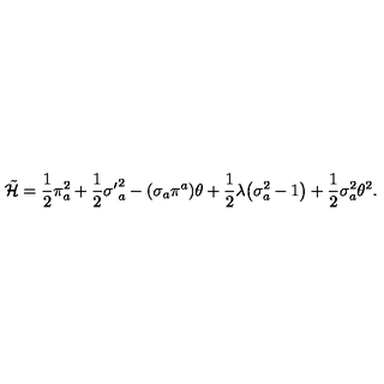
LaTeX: \tilde { \cal H } = \frac { 1 } { 2 } \pi _ { a } ^ { 2 } + \frac { 1 } { 2 } { \sigma ^ { \prime } } _ { a } ^ { 2 } - ( \sigma _ { a } \pi ^ { a } ) \theta + \frac { 1 } { 2 } \lambda \bigl ( \sigma _ { a } ^ { 2 } - 1 \bigr ) + \frac { 1 } { 2 } \sigma _ { a } ^ { 2 } \theta ^ { 2 } .